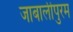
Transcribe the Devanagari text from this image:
जाबालीपुरम